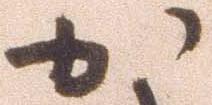
か